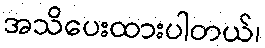
အသိပေးထားပါတယ်၊